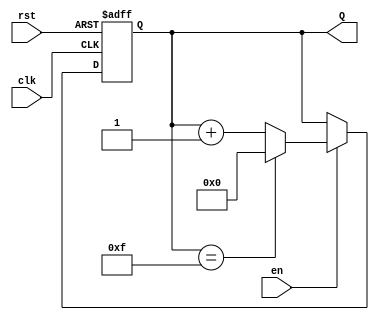
module binary_up_counter #(parameter N = 4) (
    input wire clk,       // Clock signal
    input wire rst,       // Asynchronous reset
    input wire en,        // Enable signal
    output reg [N-1:0] Q  // N-bit output count
);

    // Asynchronous reset and clock edge triggered increment
    always @(posedge clk or posedge rst) begin
        if (rst) begin
            Q <= 0; // Reset the counter to 0
        end else if (en) begin
            Q <= (Q == (1 << N) - 1) ? 0 : Q + 1; // Increment or wrap around
        end
    end

endmodule